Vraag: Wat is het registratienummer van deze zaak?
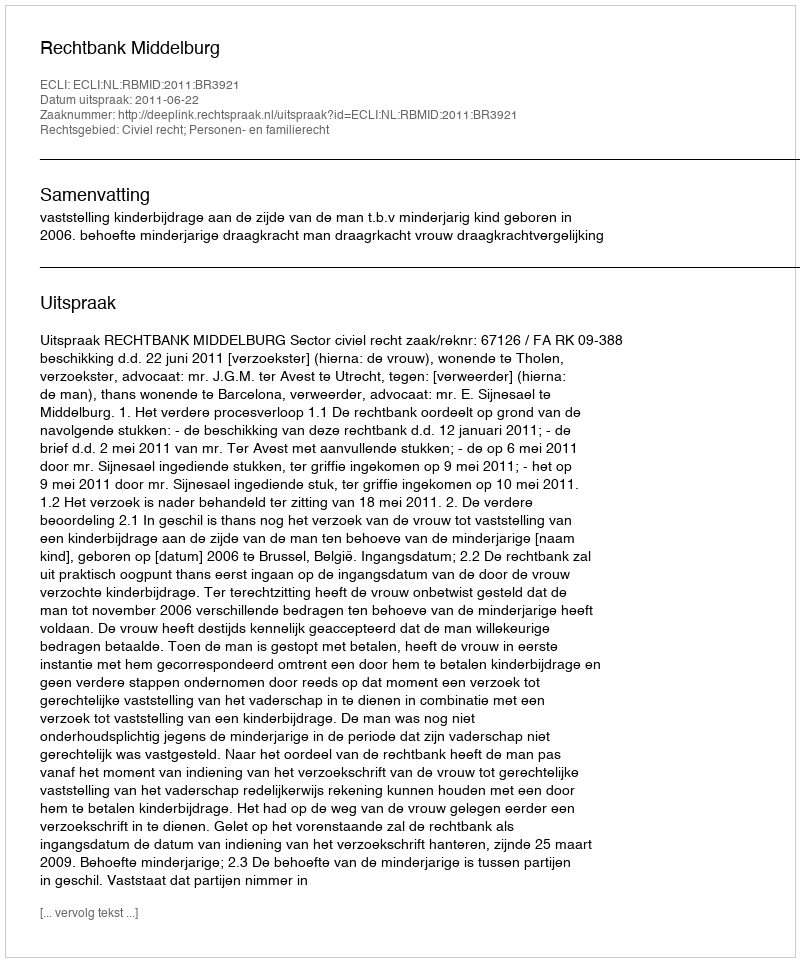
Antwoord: http://deeplink.rechtspraak.nl/uitspraak?id=ECLI:NL:RBMID:2011:BR3921